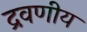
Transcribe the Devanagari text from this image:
द्रवणीय